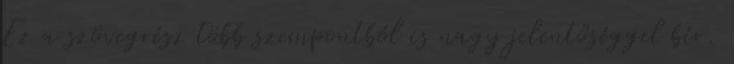
Ez a szövegrész több szempontból is nagy jelentőséggel bír.